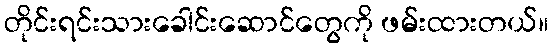
တိုင်းရင်းသားခေါင်းဆောင်တွေကို ဖမ်းထားတယ်။